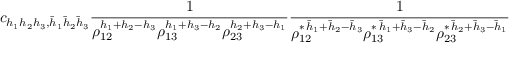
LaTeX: c _ { h _ { 1 } h _ { 2 } h _ { 3 } , \bar { h } _ { 1 } \bar { h } _ { 2 } \bar { h } _ { 3 } } \frac { 1 } { \rho _ { 1 2 } ^ { h _ { 1 } + h _ { 2 } - h _ { 3 } } \rho _ { 1 3 } ^ { h _ { 1 } + h _ { 3 } - h _ { 2 } } \rho _ { 2 3 } ^ { h _ { 2 } + h _ { 3 } - h _ { 1 } } } \frac { 1 } { \rho _ { 1 2 } ^ { \ast \, \bar { h } _ { 1 } + \bar { h } _ { 2 } - \bar { h } _ { 3 } } \rho _ { 1 3 } ^ { \ast \, \bar { h } _ { 1 } + \bar { h } _ { 3 } - \bar { h } _ { 2 } } \rho _ { 2 3 } ^ { \ast \, \bar { h } _ { 2 } + \bar { h } _ { 3 } - \bar { h } _ { 1 } } }